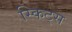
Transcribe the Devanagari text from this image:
स्किट्स